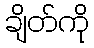
ချိတ်ကို